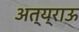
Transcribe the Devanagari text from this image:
अत्य्राऊ